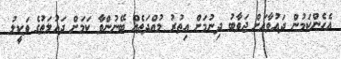
އެހެންކަމުން ދައުވާއަށް ޖަވާބު ދިނުމަށް އިތުރު މުއްދަތެއް ބޭނުންވާ ކަމަށް ދައުލަތުގެ ވަކީލު